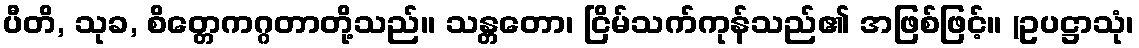
ပီတိ, သုခ, စိတ္တေကဂ္ဂတာတို့သည်။ သန္တတော၊ ငြိမ်သက်ကုန်သည်၏ အဖြစ်ဖြင့်။ (ဥပဋ္ဌာသုံ၊